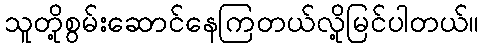
သူတို့စွမ်းဆောင်နေကြတယ်လို့မြင်ပါတယ်။